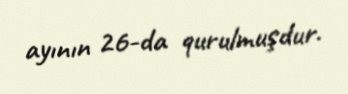
ayının 26-da qurulmuşdur.